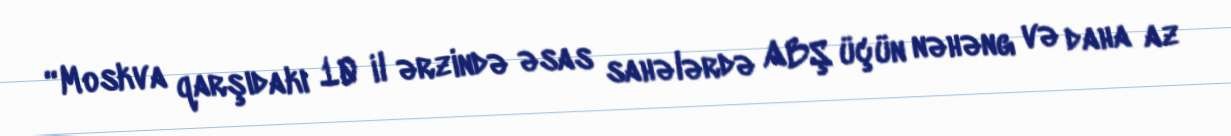
“Moskva qarşıdakı 10 il ərzində əsas sahələrdə ABŞ üçün nəhəng və daha az